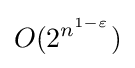
O(2^{n^{1-\varepsilon }})